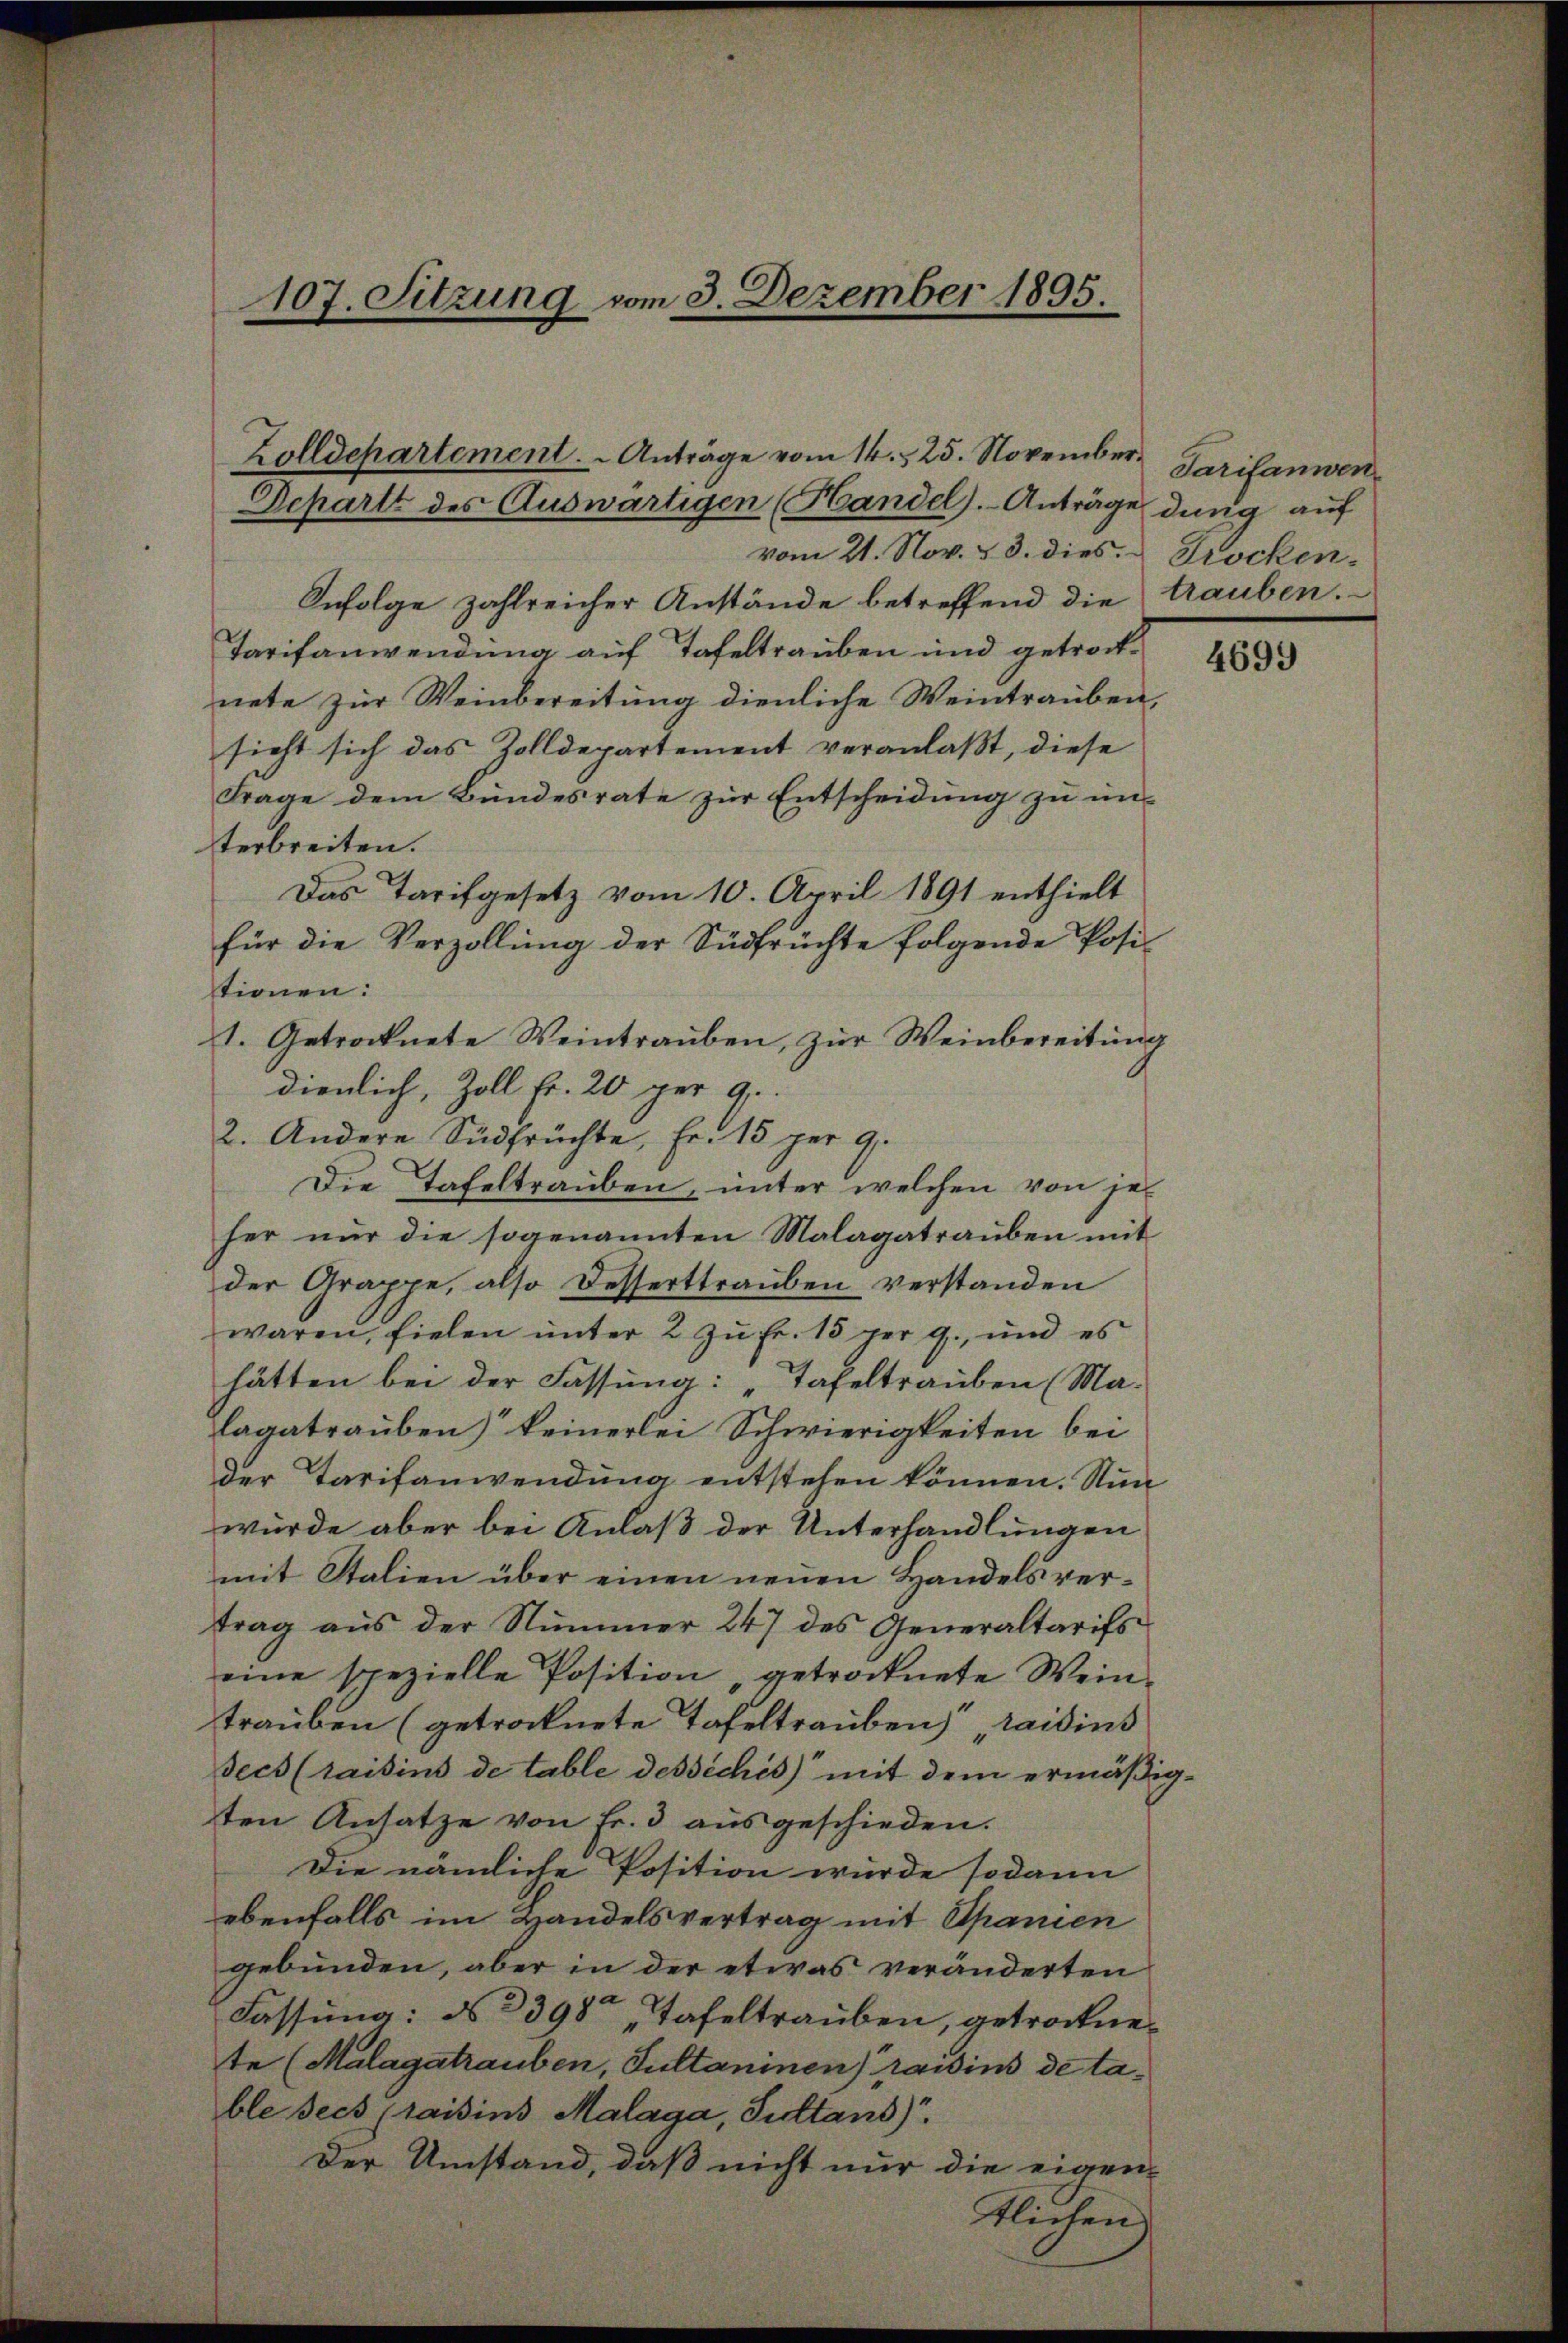
107. Sitzung vom 3. Dezember 1895.

Zolldepartement. - Anträge vom 14. 25. November¬
Departt des Auswärtigen (Handel).- Anträge
vom 21. Nov. §. 3. dies & Trocken¬
Infolge zahlreicher Anstände betreffend die
Tarifanwendung auf Tafeltrauben und getrocknete zur Weinbereitung dienliche Weintrauben,
sieht sich das Zolldepartement veranlaßt, diese
Frage dem Bundesrate zŭr Entscheidŭng zŭ ŭn-
terbreiten.
Das Tarifgesetz vom 10. April 1891 enthielt
für die Verzollŭng der Südfrüchte folgende Posistionen:
1. Getrocknete Weintrauben, zur Weinbereitung
dienlich, Zoll fr. 20 per 9.
2. Andere Südfrüchte, Fr. 15 per 9.
Die Tafeltrauben, unter welchen von jeher nur die sogenannten Malagatrauben mit
der Grappe, also desserttrauben verstanden
waren, fielen unter 2 zu Fr. 15 per 9. und es
hätten bei der Fassung: „Tafeltrauben (Ma-
lagatrauben) keinerlei Schwierigkeiten bei
der Tarifanwendung entstehen können. Nun
würde aber bei Anlaß der Unterhandlungen
mit Stalien über einen neuen Handelsvertrag aus der Nummer 247 des Generaltarifs
eine spezielle Position getrocknete Weintrauben (getrocknete Tafeltrauben „raedius
Becs (saisins de table dessèches) mit dem ermäßigten Ansatze von Fr. 3 ausgeschieden.
Die nämliche Position wurde sodann
ebenfalls im Handelsvertrag mit Spanien
gebunden, aber in der etwas veränderten
Fassung: No 398 „Tafeltrauben, getrocknete (Malagatrauben, Sultaninen raisins de table sech (raisins Malaga, Sidtand)
Der Umstand, daß nicht nur die eigen-
tlichen

Tarifanwendung auf
trauben.

4699